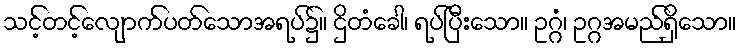
သင့်တင့်လျောက်ပတ်သောအရပ်၌။ ဌိတံခေါ၊ ရပ်ပြီးသော။ ဥဂ္ဂံ၊ ဥဂ္ဂအမည်ရှိသော။